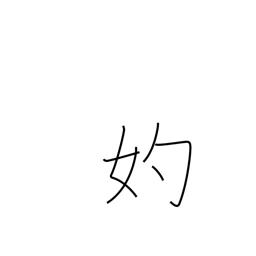
Meaning: go-between